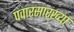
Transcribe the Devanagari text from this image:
पवारसारख्या